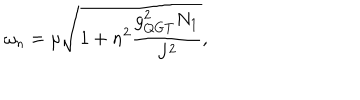
LaTeX: \omega _ { n } = \mu \sqrt { 1 + n ^ { 2 } \frac { g _ { Q G T } ^ { 2 } N _ { 1 } } { J ^ { 2 } } } ,